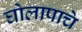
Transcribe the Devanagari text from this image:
घोलापाचे